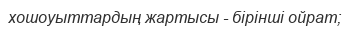
хошоуыттардың жартысы - бірінші ойрат;